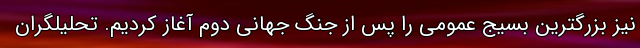
نیز بزرگترین بسیج عمومی را پس از جنگ جهانی دوم آغاز کردیم. تحلیلگران